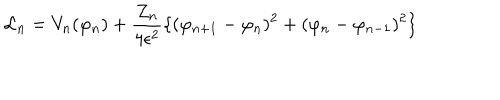
{ \cal L } _ { n } = V _ { n } ( \varphi _ { n } ) + \frac { Z _ { n } } { 4 \epsilon ^ { 2 } } \{ ( \varphi _ { n + 1 } - \varphi _ { n } ) ^ { 2 } + ( \varphi _ { n } - \varphi _ { n - 1 } ) ^ { 2 } \}